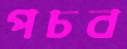
পচব